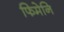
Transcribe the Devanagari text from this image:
फिमेनि